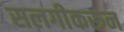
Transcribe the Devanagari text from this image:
सलगीकरून